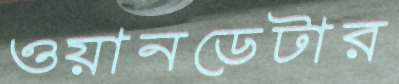
ওয়ানডেটার